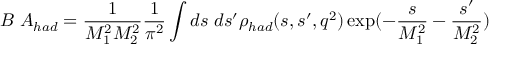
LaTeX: { \cal { B } } \; A _ { h a d } = { \frac { 1 } { M _ { 1 } ^ { 2 } M _ { 2 } ^ { 2 } } } { \frac { 1 } { \pi ^ { 2 } } } \int d s \; d s ^ { \prime } \rho _ { h a d } ( s , s ^ { \prime } , q ^ { 2 } ) \exp ( - { \frac { s } { M _ { 1 } ^ { 2 } } } - { \frac { s ^ { \prime } } { M _ { 2 } ^ { 2 } } } )